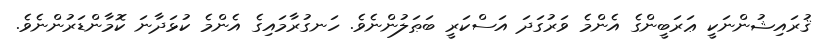
ޤުރައިޝުންނަކީ ޢަރަބީންގެ އެންމެ ވަރުގަދަ އަސްކަރީ ބަޠަލުންނެވެ. ހަނގުރާމައިގެ އެންމެ ކުޅަދާނަ ކޮމާންޑަރުންނެވެ.